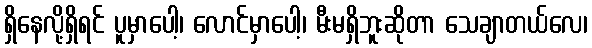
ရှိနေလို့ရှိရင် ပူမှာပေါ့၊ လောင်မှာပေါ့၊ မီးမရှိဘူးဆိုတာ သေချာတယ်လေ၊